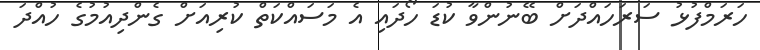
ހަރަމްފުޅު ސަރަހައްދަށް ބޭނުންވާ ކުޑަ ހޯދައި އެ މަސައްކަތް ކުރިއަށް ގެންދިއުމުގެ ހުއްދަ